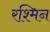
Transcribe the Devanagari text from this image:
रश्मिन